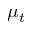
\mu _ { t }